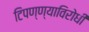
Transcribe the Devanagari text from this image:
टिपण्ण्याविरोधी